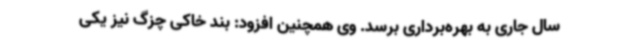
سال جاری به بهره‌برداری برسد. وی همچنین افزود: بند خاکی چزگ نیز یکی